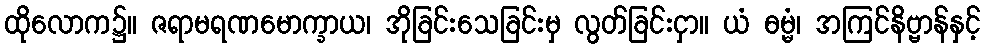
ထိုလောက၌။ ဇရာမရဏမောက္ခာယ၊ အိုခြင်းသေခြင်းမှ လွတ်ခြင်းငှာ။ ယံ ဓမ္မံ၊ အကြင်နိဗ္ဗာန်နှင့်